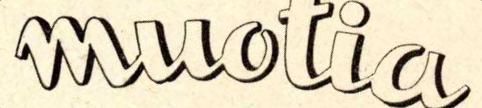
muotia